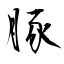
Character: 豚